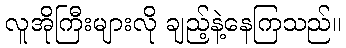
လူအိုကြီးများလို ချည့်နဲ့နေကြသည်။